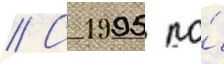
// С 1995 по́